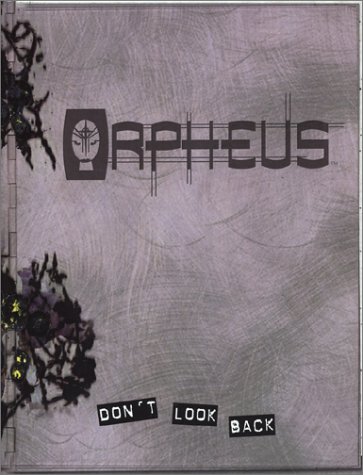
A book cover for Orpheus; Richard Dansky; Science Fiction & Fantasy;